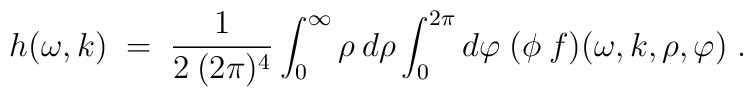
h(\omega, k) \;=\; \frac{1}{2 \:(2 \pi)^4} \int_0^\infty \rho \:d\rho \int_0^{2 \pi} d\varphi \;(\phi \:f)(\omega, k, \rho, \varphi) \;.